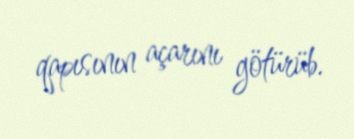
qapısının açarını götürüb.